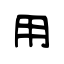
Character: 用